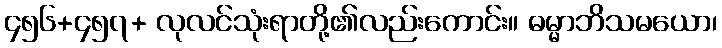
၄၅၆+၄၅၇+ လုလင်သုံးရာတို့၏လည်းကောင်း။ ဓမ္မာဘိသမယော၊